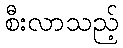
စီးလာသည့်